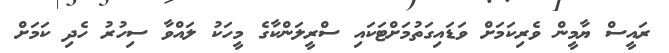
ރައީސް ޔާމީން ވެރިކަމަށް ވަޑައިގަތުމަށްޓަކައި ސްރީލަންކާގެ މީހަކު ލައްވާ ސިހުރު ހެދި ކަމަށް